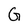
Character: G